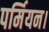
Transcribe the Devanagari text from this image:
पर्मियन।